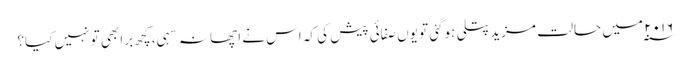
۲۰۱۶ ؁ میں حالت مزیدپتلی ہوگئی تو یوں صفائی پیش کی کہ اس نے اچھا نہ سہی، کچھ برا بھی تو نہیں کیا؟